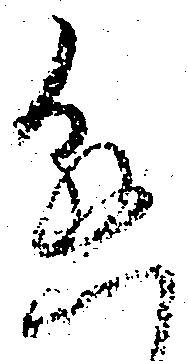
懸